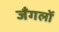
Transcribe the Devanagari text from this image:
जँगलों